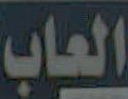
العاب